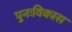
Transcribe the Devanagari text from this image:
पुनःविकास